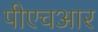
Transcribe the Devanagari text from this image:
पीएचआर